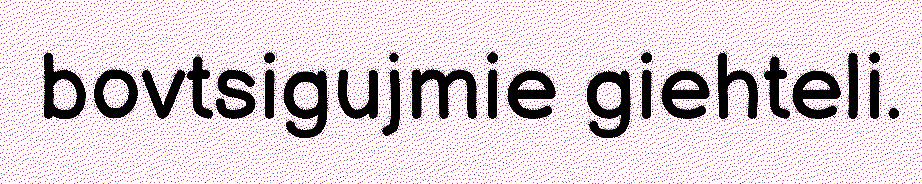
bovtsigujmie giehteli.